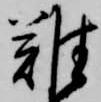
難